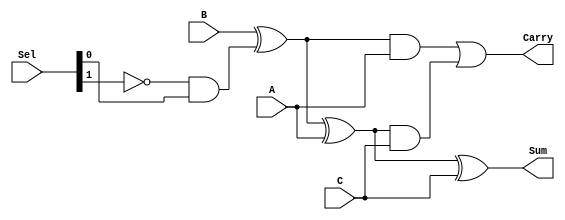
module FA(A,B,C,Sel,Sum,Carry);

input A,B,C;
input [3:0]Sel;
output Sum,Carry;

wire M,Sel1not;
not (Sel1not,Sel[1]);
and (M,Sel1not,Sel[0]);

wire AS1xor1,FA1xor1,FA1and1,FA1and2,C1;
xor (AS1xor1,B,M);
xor (FA1xor1,AS1xor1,A);
xor (Sum,FA1xor1,C);
and (FA1and1,AS1xor1,A);
and (FA1and2,FA1xor1,C);
or (Carry,FA1and1,FA1and2);

endmodule